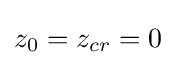
z_{0}=z_{cr}=0